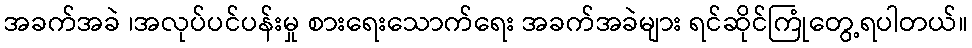
အခက်အခဲ ၊အလုပ်ပင်ပန်းမှု စားရေးသောက်ရေး အခက်အခဲများ ရင်ဆိုင်ကြုံတွေ့ရပါတယ်။